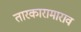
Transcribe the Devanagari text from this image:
तारकारामाराव